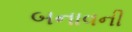
બનાવની